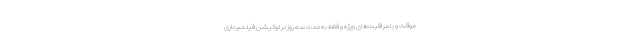
موقت و با مراقبت‌های ویژه و فقط به مدت سه روز در لوکیشن فیلمبرداری